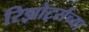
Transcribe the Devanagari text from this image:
रिझोर्ट्सच्या